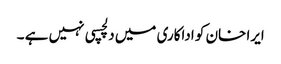
ایرا خان کو اداکاری میں دلچسپی نہیں ہے ۔